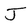
Character: J